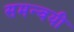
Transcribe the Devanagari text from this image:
समन्वयी